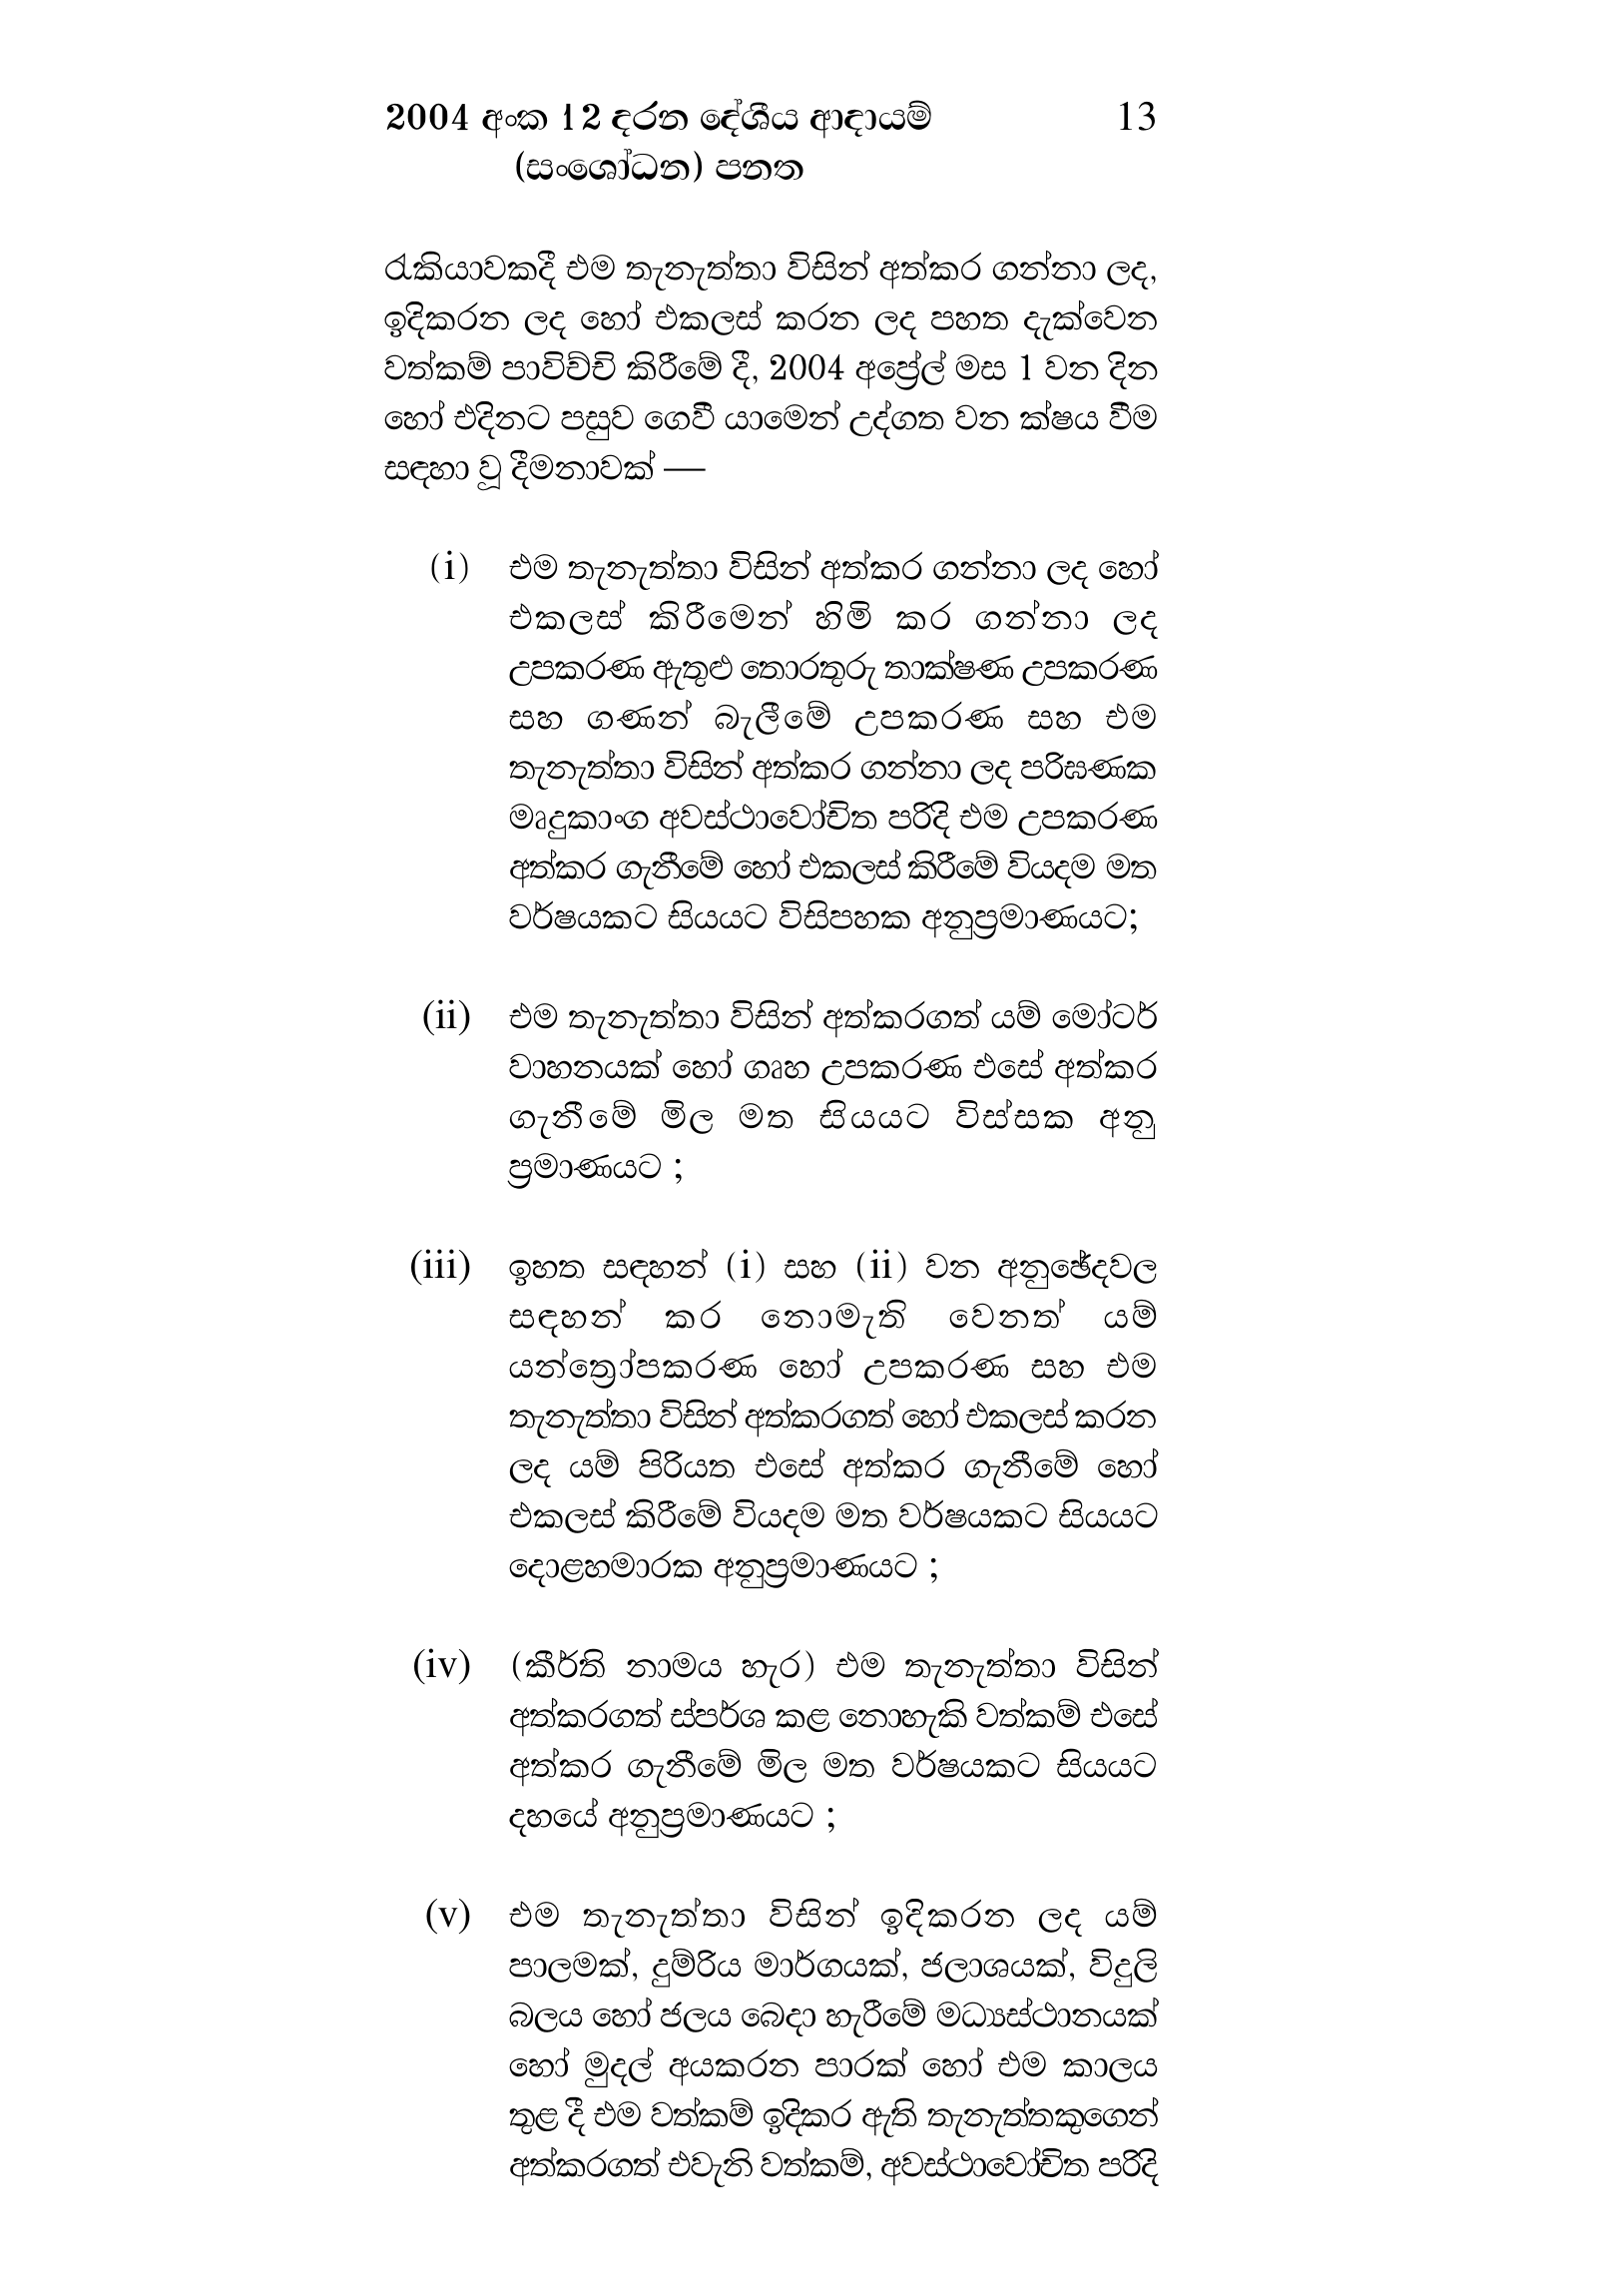
2004 අංක 12 දරන දේශීය ආදායම් 13
(සංශෝධන) පනත

රැකියාවකදී එම තැනැත්තා විසින් අත්කර ගන්නා ලද,
ඉදිකරන ලද හෝ එකලස් කරන ලද පහත දැක්වෙන
වත්කම් පාවිච්චි කිරීමේ දී, 2004 අප්‍රේල් මස 1 වන දින
හෝ එදිනට පසුව ගෙවී යාමෙන් උද්ගත වන ක්ෂය වීම
සඳහා වූ දීමනාවක් —

(i) එම තැනැත්තා විසින් අත්කර ගන්නා ලද හෝ
එකලස් කිරීමෙන් හිමි කර ගන්නා ලද
උපකරණ ඇතුළු තොරතුරු තාක්ෂණ උපකරණ
සහ ගණන් බැලීමේ උපකරණ සහ එම
තැනැත්තා විසින් අත්කර ගන්නා ලද පරිඝණක
මෘදුකාංග අවස්ථාවෝචිත පරිදි එම උපකරණ
අත්කර ගැනීමේ හෝ එකලස් කිරීමේ වියදම මත
වර්ෂයකට සියයට විසිපහක අනුප්‍රමාණයට;

(ii) එම තැනැත්තා විසින් අත්කරගත් යම් මෝටර්
වාහනයක් හෝ ගෘහ උපකරණ එසේ අත්කර
ගැනීමේ මිල මත සියයට විස්සක අනු
ප්‍රමාණයට ;

(iii) ඉහත සඳහන් (i) සහ (ii) වන අනුඡේදවල
සඳහන් කර නොමැති වෙනත් යම්
යන්ත්‍රෝපකරණ හෝ උපකරණ සහ එම
තැනැත්තා විසින් අත්කරගත් හෝ එකලස් කරන
ලද යම් පිරියත එසේ අත්කර ගැනීමේ හෝ
එකලස් කිරීමේ වියදම මත වර්ෂයකට සියයට
දොළහමාරක අනුප්‍රමාණයට ;

(iv) (කීර්ති නාමය හැර) එම තැනැත්තා විසින්
අත්කරගත් ස්පර්ශ කළ නොහැකි වත්කම් එසේ
අත්කර ගැනීමේ මිල මත වර්ෂයකට සියයට
දහයේ අනුප්‍රමාණයට ;

(v) එම තැනැත්තා විසින් ඉදිකරන ලද යම්
පාලමක්, දුම්රිය මාර්ගයක්, ජලාශයක්, විදුලි
බලය හෝ ජලය බෙදා හැරීමේ මධ්‍යස්ථානයක්
හෝ මුදල් අයකරන පාරක් හෝ එම කාලය
තුළ දී එම වත්කම් ඉදිකර ඇති තැනැත්තකුගෙන්
අත්කරගත් එවැනි වත්කම්, අවස්ථාවෝචිත පරිදි